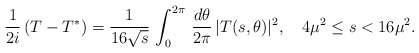
\begin{align*}{1\over 2i}\,(T-T^*)={1\over 16\sqrt{s}}\,\int_0^{2\pi}\,{d\theta\over2\pi}\,|T(s,\theta)|^2,\quad 4\mu^2\le s<16\mu^2.\end{align*}